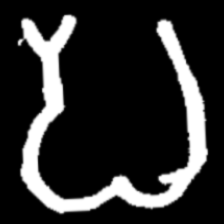
Pyu character \u2014 Myanmar letter: ပ (romanized: pa)